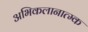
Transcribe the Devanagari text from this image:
अभिकलानात्म्क